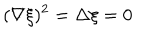
( \nabla \xi ) ^ { 2 } = \Delta \xi = 0